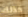
كذلك